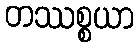
တဿစ္စယာ